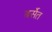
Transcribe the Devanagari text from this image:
बर्सेत